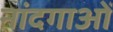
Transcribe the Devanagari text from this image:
नांदगाओं